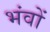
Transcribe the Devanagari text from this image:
भंवों